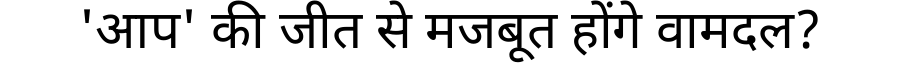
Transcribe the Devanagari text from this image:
'आप' की जीत से मजबूत होंगे वामदल?